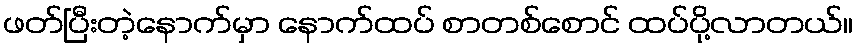
ဖတ်ပြီးတဲ့နောက်မှာ နောက်ထပ် စာတစ်စောင် ထပ်ပို့လာတယ်။